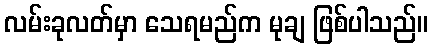
လမ်းခုလတ်မှာ သေရမည်က မုချ ဖြစ်ပါသည်။